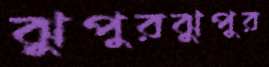
ঝুপুরঝুপুর